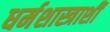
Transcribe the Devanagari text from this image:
धर्मशास्त्राशीं